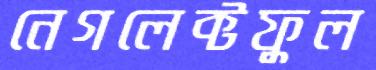
নেগলেক্টফুল